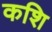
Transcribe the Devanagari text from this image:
कशि